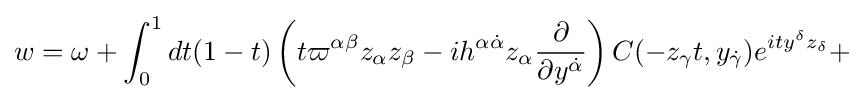
w=\omega +\int _{0}^{1}dt(1-t)\left(t\varpi ^{\alpha \beta }z_{\alpha }z_{\beta }-ih^{\alpha {\dot {\alpha }}}z_{\alpha }{\frac {\partial }{\partial y^{\dot {\alpha }}}}\right)C(-z_{\gamma }t,y_{\dot {\gamma }})e^{ity^{\delta }z_{\delta }}+